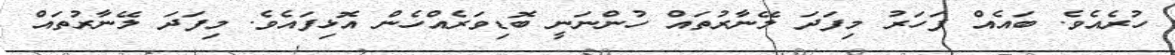
ހުރެއެވެ. ބައެއް ފަހަރު މިފަދަ ލޭނާރުތައް ހުންނަނީ ބޮޑިވަރެއްހެން އޮޅިފައެވެ. މިފަދަ ލޭނާރުތައް